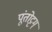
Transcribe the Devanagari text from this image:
पूंतोट्टम्